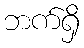
ဘက်ရှိ